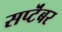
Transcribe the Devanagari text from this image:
सप्टॆंबर